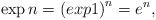
LaTeX: \begin{align*}\exp n = \left(exp 1\right)^n = e^n,\end{align*}